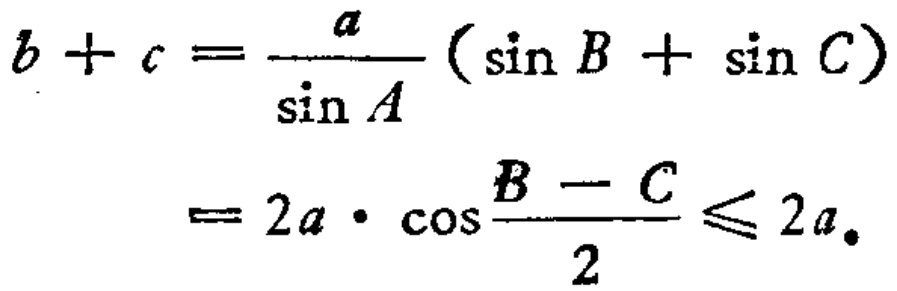
\[
\begin{align*}
b + c&=\frac{a}{\sin A}(\sin B+\sin C)\\
&=2a\cdot\cos\frac{B - C}{2}\leqslant 2a.
\end{align*}
\]